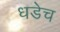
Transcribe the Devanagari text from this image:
धडेच